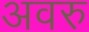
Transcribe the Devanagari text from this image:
अवरु